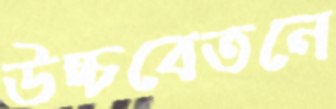
উচ্চবেতনে